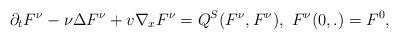
LaTeX: \begin{align*}\partial_t F^{\nu}-\nu\Delta F^{\nu}+v\nabla_xF^{\nu}=Q^S(F^{\nu},F^{\nu}),~ F^{\nu}(0,.)=F^0,\end{align*}